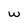
Character: w